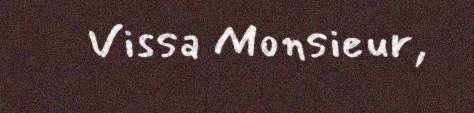
Vissa Monsieur,